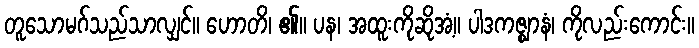
တူသောမဂ်သည်သာလျှင်။ ဟောတိ၊ ၏။ ပန၊ အထူးကိုဆိုအံ့။ ပါဒကဇ္ဈာနံ၊ ကိုလည်းကောင်း။